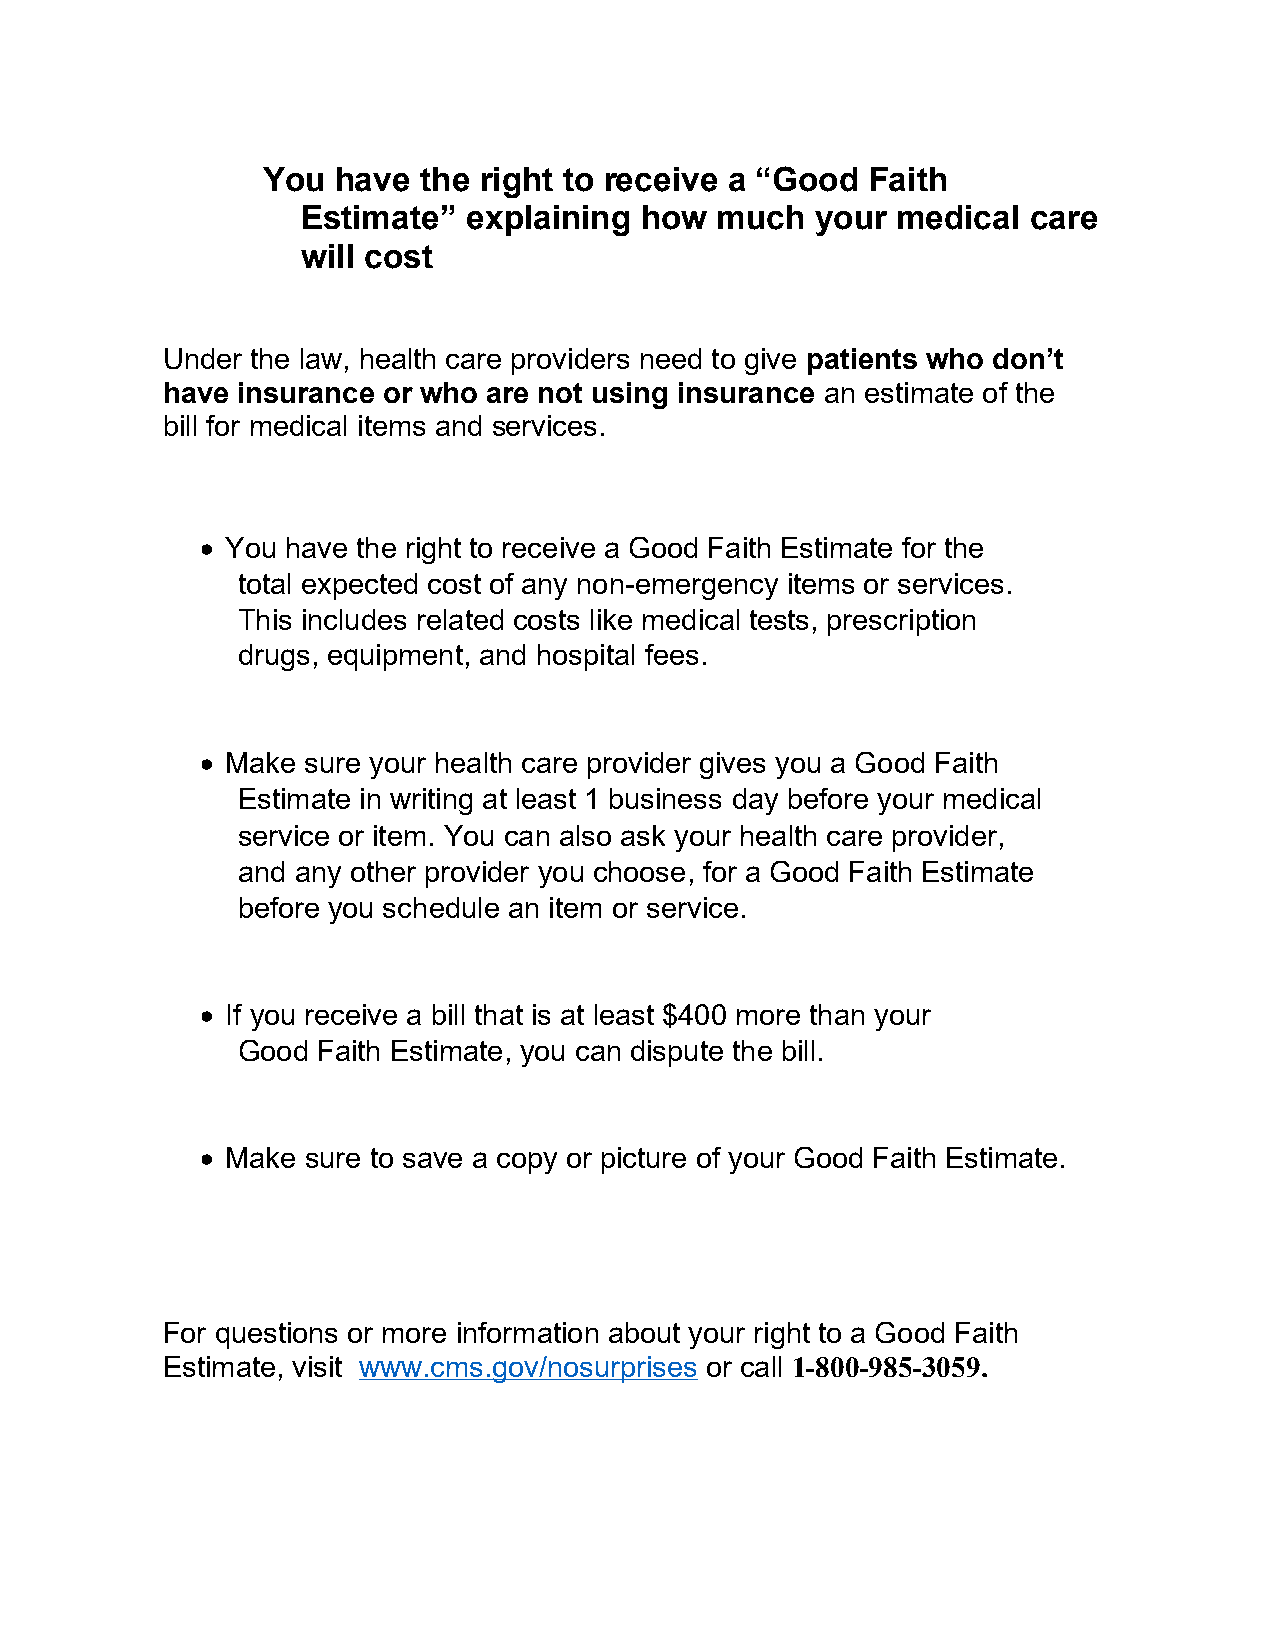
You  have  the right to receive a “Good  Faith
 Estimate”  explaining how  much   your medical  care
 will cost
 Under the law, health care providers need to give patients who don’t
 have insurance or who are not using insurance an estimate of the
 bill for medical items and services.
  You have the right to receive a Good Faith Estimate for the
 total expected cost of any non-emergency items or services.
 This includes related costs like medical tests, prescription
 drugs, equipment, and hospital fees.
  Make sure your health care provider gives you a Good Faith
 Estimate in writing at least 1 business day before your medical
 service or item. You can also ask your health care provider,
 and any other provider you choose, for a Good Faith Estimate
 before you schedule an item or service.
  If you receive a bill that is at least $400 more than your
 Good Faith Estimate, you can dispute the bill.
  Make sure to save a copy or picture of your Good Faith Estimate.
 For questions or more information about your right to a Good Faith
 Estimate, visit www.cms.gov/nosurprises or call 1-800-985-3059.